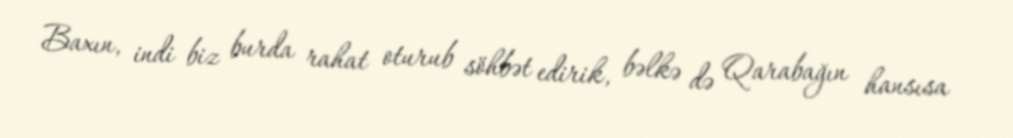
Baxın, indi biz burda rahat oturub söhbət edirik, bəlkə də Qarabağın hansısa